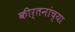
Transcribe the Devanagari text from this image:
कीर्तनांच्या